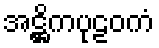
အဋ္ဌိကပုဠဝကံ